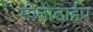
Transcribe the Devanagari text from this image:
मोनोटाईप